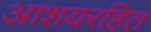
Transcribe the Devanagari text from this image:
आशयरहित